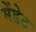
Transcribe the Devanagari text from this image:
मेंडेट